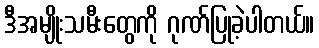
ဒီအမျိုးသမီးတွေကို ဂုဏ်ပြုခဲ့ပါတယ်။